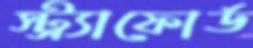
স্ট্র্যাফোর্ড